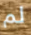
لم